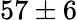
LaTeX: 57\pm 6